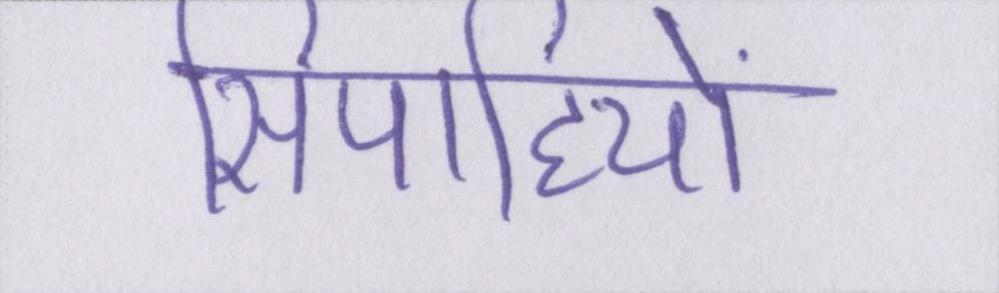
सिपाहियों